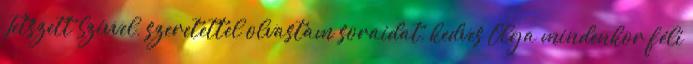
Tetszett Szívvel, szeretettel olvastam soraidat, kedves Olga mindenkor féli